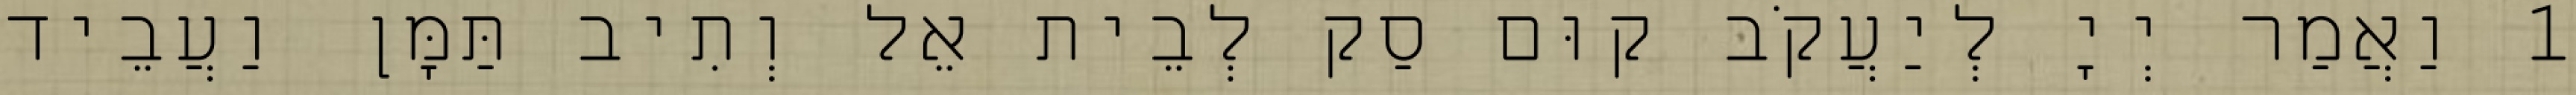
1 וַאֲמַר יְיָ לְיַעֲקֹב קוּם סַק לְבֵית אֵל וְתִיב תַּמָּן וַעֲבֵיד